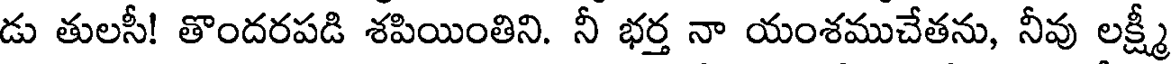
డు తులసీ! తొందరపడి శపియింతిని. నీ భర్త నా యంశముచేతను, నీవు లక్ష్మీ